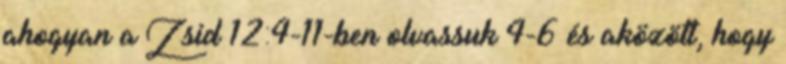
ahogyan a Zsid 12:4-11-ben olvassuk 4-6 és aközött, hogy